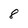
Character: 8